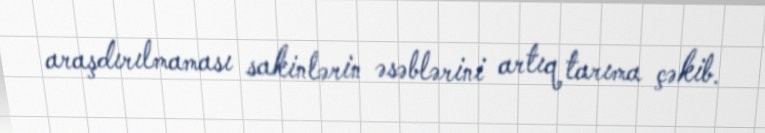
araşdırılmaması sakinlərin əsəblərini artıq tarıma çəkib.